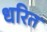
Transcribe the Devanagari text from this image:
धरित